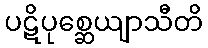
ပဋိပုစ္ဆေယျာသီတိ